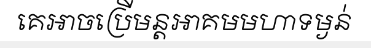
គេអាចប្រើមន្តអាគមមហាទម្ងន់